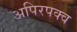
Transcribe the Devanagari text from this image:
अपिरपक्व